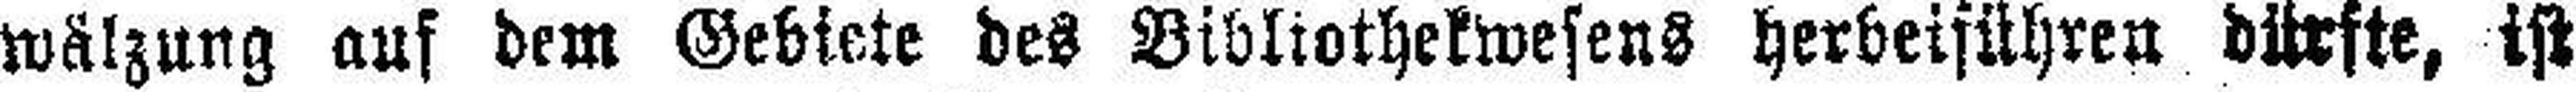
wälzung auf dem Gebiete des Bibliothekwesens herbeiführen dürfte, ist